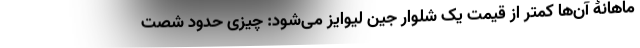
ماهانۀ آن‌ها کمتر از قیمت یک شلوار جین لیوایز می‌شود: چیزی حدود شصت